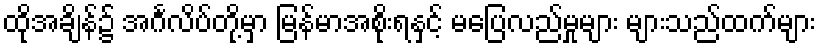
ထိုအချိန်၌ အင်္ဂလိပ်တို့မှာ မြန်မာအစိုးရနှင့် မပြေလည်မှုများ များသည်ထက်များ